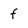
Character: f